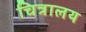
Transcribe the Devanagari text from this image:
चित्रालय